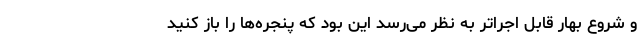
و شروع بهار قابل اجراتر به نظر می‌رسد این بود که پنجره‌ها را باز کنید